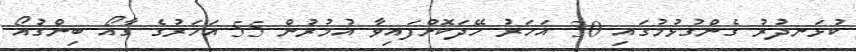
ކުޅަނދުރު ގެންގުޅުމުގައި 30 އަހަރު ހޭދަކޮށްފައިވާ އުމުރުން 55 އަހަރުގެ ގާއޯ ބިންގުއޯ